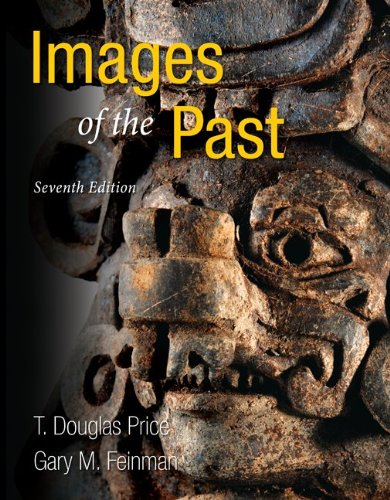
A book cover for Images of the Past; T. Douglas Price; Science & Math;